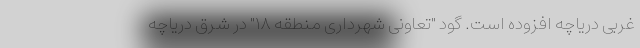
غربی دریاچه افزوده است. گود "تعاونی شهرداری منطقه ۱۸" در شرق دریاچه